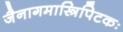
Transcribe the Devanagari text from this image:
जैनागमास्त्रिपिटकः